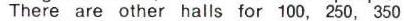
There are other halls for 100, 250, 350